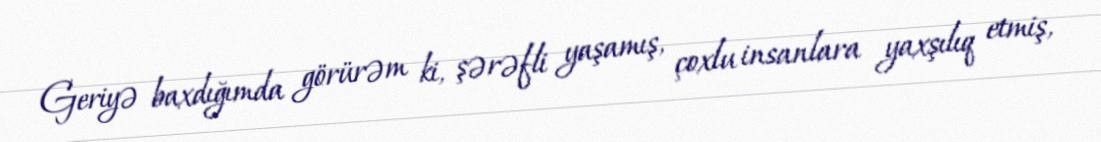
Geriyə baxdığımda görürəm ki, şərəfli yaşamış, çoxlu insanlara yaxşılıq etmiş,